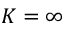
K = \infty